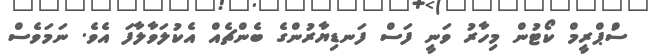
ސްުޕްރީމް ކޯޓުން މިހާރު ވަނީ ފަސް ފަނޑިޔާރުންގެ ބެންޗެއް އެކުލަވާލާފަ އެވެ. ނަމަވެސް